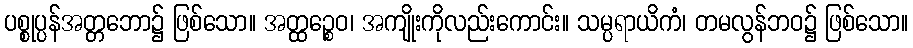
ပစ္စုပ္ပန်အတ္တဘော၌ ဖြစ်သော။ အတ္ထဉ္စေဝ၊ အကျိုးကိုလည်းကောင်း။ သမ္ပရာယိကံ၊ တမလွန်ဘဝ၌ ဖြစ်သော။